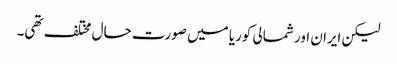
لیکن ایران اور شمالی کوریا میں صورت حال مختلف تھی۔